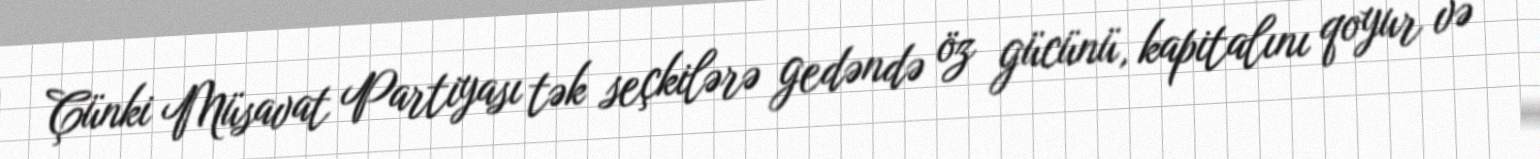
Çünki Müsavat Partiyası tək seçkilərə gedəndə öz gücünü, kapitalını qoyur və